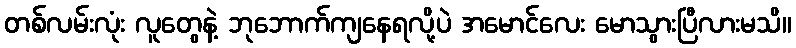
တစ်လမ်းလုံး လူတွေနဲ့ ဘုဘောက်ကျနေရလို့ပဲ အမောင်လေး မောသွားပြီလားမသိ။